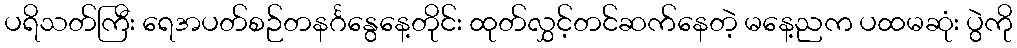
ပရိသတ်ကြီး ရေအပတ်စဉ်တနင်္ဂနွေနေ့တိုင်း ထုတ်လွှင့်တင်ဆက်နေတဲ့ မနေ့ညက ပထမဆုံး ပွဲကို